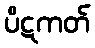
ပိဋကတ်